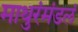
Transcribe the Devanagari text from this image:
माथुरंमंडलं